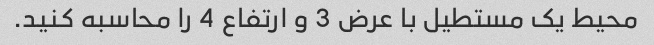
محیط یک مستطیل با عرض 3 و ارتفاع 4 را محاسبه کنید.